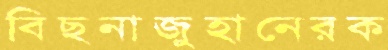
বিছনাজুহানেরক